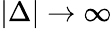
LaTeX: |\Delta|\rightarrow\infty